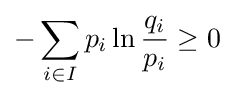
-\sum _{i\in I}p_{i}\ln {\frac {q_{i}}{p_{i}}}\geq 0